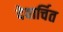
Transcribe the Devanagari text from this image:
देवार्चित